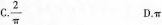
C.\frac{2}{\pi} D.π